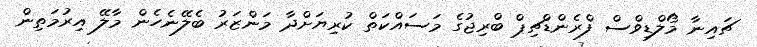
ޗައިނާ މޯލްޑިވްސް ފްރެންޑްޗިޕް ބްރިޖުގެ މަސައްކަތް ކުރިޔަށްދާ މަންޒަރު ބެލޭނެހެން މާލޭ އިރުމަތިން